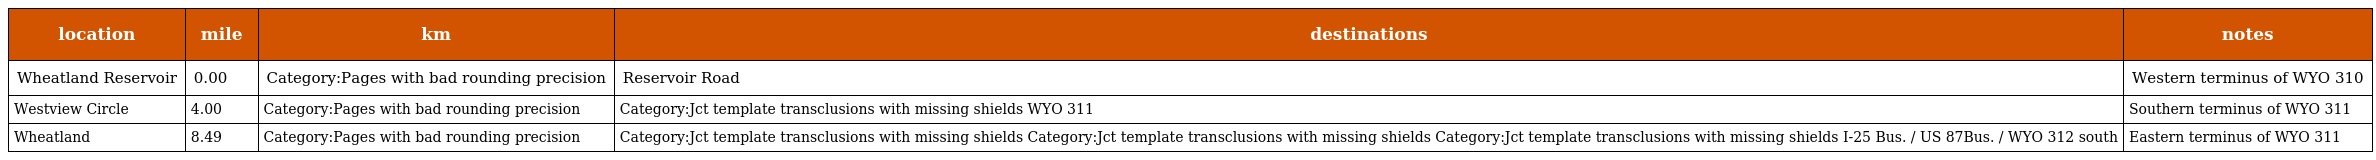
| location | mile | km | destinations | notes |
 | --- | --- | --- | --- | --- |
 | Wheatland Reservoir | 0.00 | Category:Pages with bad rounding precision | Reservoir Road | Western terminus of WYO 310 |
 | Westview Circle | 4.00 | Category:Pages with bad rounding precision | Category:Jct template transclusions with missing shields WYO 311 | Southern terminus of WYO 311 |
 | Wheatland | 8.49 | Category:Pages with bad rounding precision | Category:Jct template transclusions with missing shields Category:Jct template transclusions with missing shields Category:Jct template transclusions with missing shields I-25 Bus. / US 87Bus. / WYO 312 south | Eastern terminus of WYO 311 |